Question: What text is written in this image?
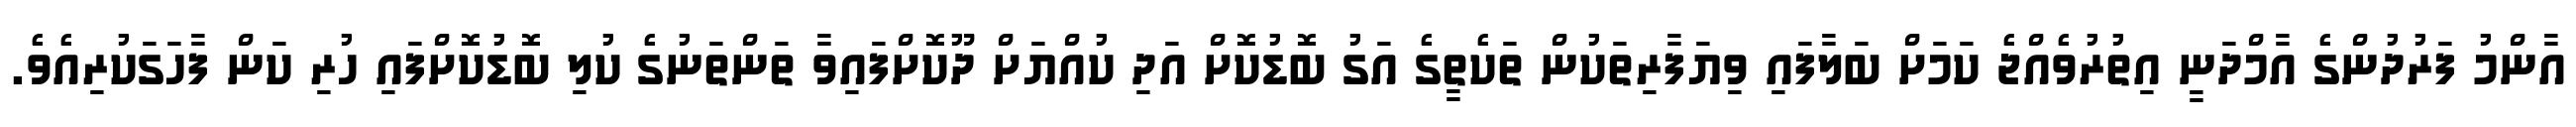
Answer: އާންމު ފަރުދުންގެ އާމްދަނީ އިތުރުވެއްޖެ ކަމަށް ބަލާފައި ވިޔަފާރިތަކުން ތަކެތީގެ އަގު ބޮޑުކޮށް އަދި ކުއްޔަށް ދޫކޮށްފައިވާ ތަންތަނުގެ ކުލި ބޮޑުކޮށްފައި ހުރި ކަން ފާހަގަކުރިއެވެ.